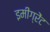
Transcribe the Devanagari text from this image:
इमीग्रेंट